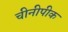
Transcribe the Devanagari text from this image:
चीनीपीक